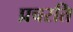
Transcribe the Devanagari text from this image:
प्रचरति